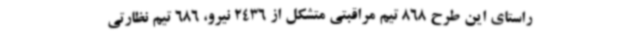
راستای این طرح 868 تیم مراقبتی متشکل از 2436 نیرو، 686 تیم نظارتی